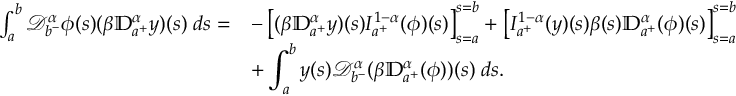
\begin{array} { r l } { \int _ { a } ^ { b } { \mathcal D } _ { b ^ { - } } ^ { \alpha } \phi ( s ) ( \beta { \mathbb D } _ { a ^ { + } } ^ { \alpha } y ) ( s ) \; d s = } & { - \left[ ( \beta { \mathbb D } _ { a ^ { + } } ^ { \alpha } y ) ( s ) I _ { a ^ { + } } ^ { 1 - \alpha } ( \phi ) ( s ) \right] _ { s = a } ^ { s = b } + \displaystyle \left[ I _ { a ^ { + } } ^ { 1 - \alpha } ( y ) ( s ) \beta ( s ) { \mathbb D } _ { a ^ { + } } ^ { \alpha } ( \phi ) ( s ) \right] _ { s = a } ^ { s = b } } \\ & { + \displaystyle \int _ { a } ^ { b } y ( s ) { \mathcal D } _ { b ^ { - } } ^ { \alpha } ( \beta { \mathbb D } _ { a ^ { + } } ^ { \alpha } ( \phi ) ) ( s ) \; d s . } \end{array}